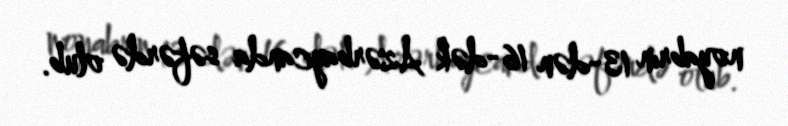
noyabrın 13-dən 16-dək Azərbaycanda səfərdə olub.